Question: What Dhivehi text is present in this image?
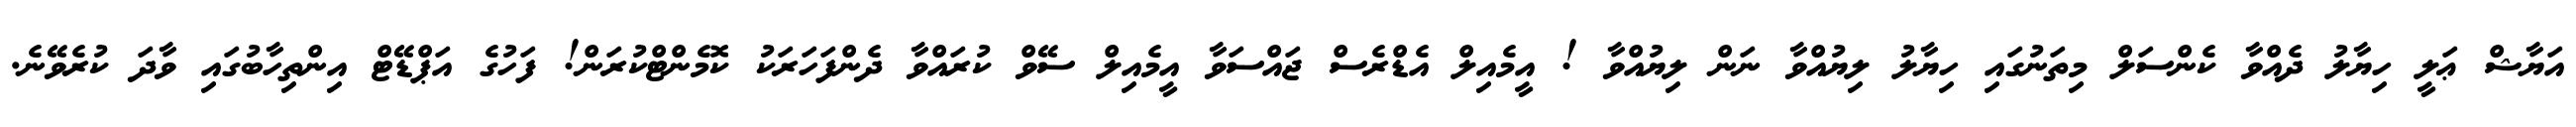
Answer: އަޔާޝް ޢަލީ ހިޔާލު ދެއްވާ ކެންސަލް މިތަނުގައި ހިޔާލު ލިޔުއްވާ ނަން ލިޔުއްވާ ! އީމެއިލް އެޑްރެސް ޖައްސަވާ އީމެއިލް ސޭވް ކުރައްވާ ދެންފަހަރަކު ކޮމެންޓްކުރަން! ފަހުގެ އަޕްޑޭޓް އިންތިހާބުގައި ވާދަ ކުރެވޭނެ.